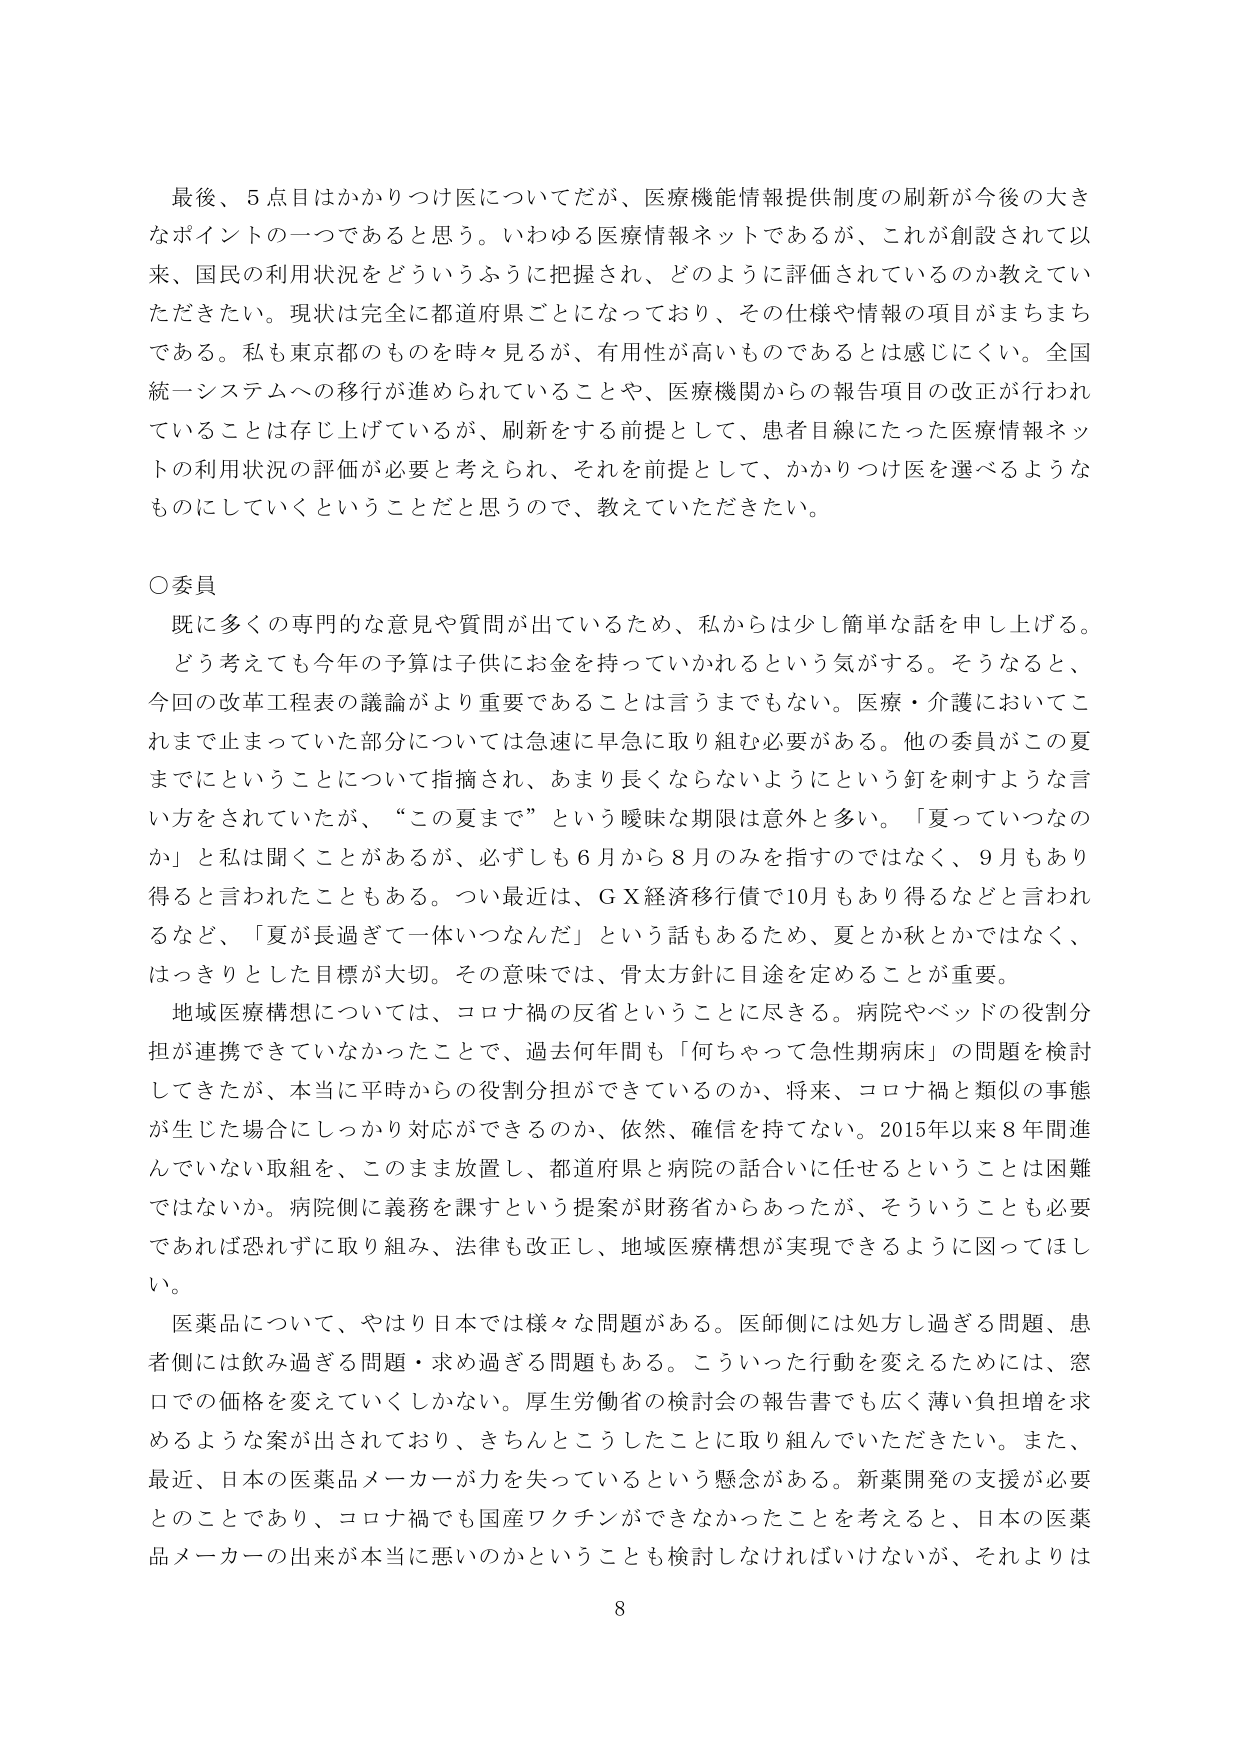
最後、5点目はかかりつけ医についてだが、医療機能情報提供制度の刷新が今後の大きなポイントの一つであると思う。いわゆる医療情報ネットであるが、これが創設されて以来、国民の利用状況をどういうふうに把握され、どのように評価されているのか教えていただきたい。現状は完全に都道府県ごとになっており、その仕様や情報の項目がまちまちである。私も東京都のものを時々見るが、有用性が高いものであるとは感じにくい。全国統一システムへの移行が進められていることや、医療機関からの報告項目の改正が行われていることは存じ上げているが、刷新をする前提として、患者目線にたった医療情報ネットの利用状況の評価が必要と考えられ、それを前提として、かかりつけ医を選べるようなものにしていくということだと思うので、教えていただきたい。

○委員
既に多くの専門的な意見や質問が出ているため、私からは少し簡単な話を申し上げる。
どう考えても今年の予算は子供にお金を持っていかれるという気がする。そうなると、今回の改革工程表の議論がより重要であることは言うまでもない。医療・介護においてこれまで止まっていた部分については急速に早急に取り組む必要がある。他の委員がこの夏までにということについて指摘され、あまり長くならないようにという釘を刺すような言い方をされていたが、「この夏まで」という曖昧な期限は意外と多い。「夏っていつなのか」と私は聞くことがあるが、必ずしも6月から8月のみを指すのではなく、9月もあり得ると言われたこともある。つい最近は、G X経済移行債で10月もあり得るなどと言われるなど、「夏が長過ぎて一体いつなんだ」という話もあるため、夏とか秋とかではなく、はっきりとした目標が大切。その意味では、骨太方針に目途を定めることが重要。
地域医療構想については、コロナ禍の反省ということに尽きる。病院やベッドの役割分担が連携できていなかったことで、過去何年間も「何ちゃって急性期病床」の問題を検討してきたが、本当に平時からの役割分担ができているのか、将来、コロナ禍と類似の事態が生じた場合にしっかり対応ができるのか、依然、確信を持てない。2015年以来8年間進んでいない取組を、このまま放置し、都道府県と病院の話合いに任せるということは困難ではないか。病院側に義務を課すという提案が財務省からあったが、そういうことも必要であれば恐れず取り組み、法律も改正し、地域医療構想が実現できるように図ってほしい。
医薬品について、やはり日本では様々な問題がある。医師側には処方し過ぎる問題、患者側には飲み過ぎる問題・求め過ぎる問題もある。こういった行動を変えるためには、窓口での価格を変えていくしかない。厚生労働省の検討会の報告書でも広く薄い負担増を求めるような案が出されており、きちんとこうしたことに取り組んでいただきたい。また、最近、日本の医薬品メーカーが力を失っているという懸念がある。新薬開発の支援が必要とのことであり、コロナ禍でも国産ワクチンができなかったことを考えると、日本の医薬品メーカーの出来が本当に悪いのかということも検討しなければいけないが、それよりは

8